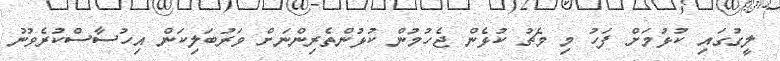
ލީގުގައި ކުޅުމަށް ފަހު މި މެޗު ކުޅެން ޖެހުމުން ކުޅުންތެރިންނަށް ވަރުބަލިކަން އިހުސާސްކުރެވުނު